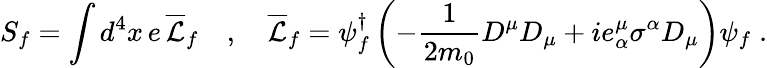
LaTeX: S_{f}=\int d^{4}x\, e\, \overline{{\mathcal{L}}}_{f}\quad,\quad\overline{{\mathcal{L}}}_{f}=\psi_{f}^{\dagger}\left(-\frac{1}{2m_{0}}D^{\mu}D_{\mu}+ie_{\alpha}^{\mu}\sigma^{\alpha}D_{\mu}\right)\psi_{f}\; .